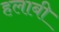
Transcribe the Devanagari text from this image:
हलाबी